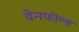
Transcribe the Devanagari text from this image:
वेनफील्ड